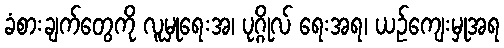
ခံစားချက်တွေကို လူမှုရေးအ၊ ပုဂ္ဂိုလ် ရေးအရ၊ ယဉ်ကျေးမှုအရ